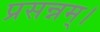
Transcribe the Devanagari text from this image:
प्रसन्नम्‌।